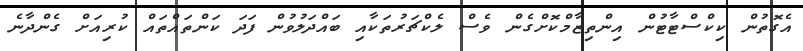
އެގޮތުން ކިކްސްޓާޓުން އިންތިޒާމްކޮށްގެން ވެސް ލެކްޗަރުތަކާއި ބައްދަލުވުން ފަދަ ކަންތައްތައް ކުރިއަށް ގެންދާނެ